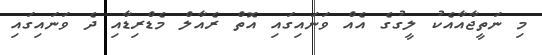
މި ނަތީޖާއާއެކު ލީގުގެ އެއް ވަނައިގައި އޮތް ރެއާލް މެޑްރިޑާއި ދެ ވަނައިގައި